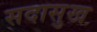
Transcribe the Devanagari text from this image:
सदासुख